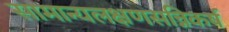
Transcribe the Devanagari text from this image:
सामान्यलक्षणसन्निकर्ष